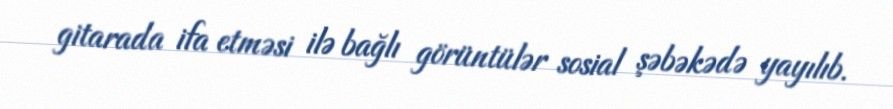
gitarada ifa etməsi ilə bağlı görüntülər sosial şəbəkədə yayılıb.